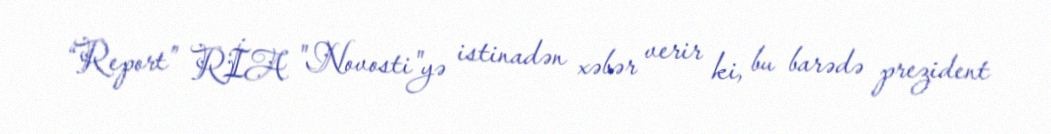
“Report” RİA "Novosti"yə istinadən xəbər verir ki, bu barədə prezident